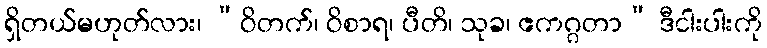
ရှိတယ်မဟုတ်လား၊ “ဝိတက်၊ ဝိစာရ၊ ပီတိ၊ သုခ၊ ဧကဂ္ဂတာ” ဒီငါးပါးကို